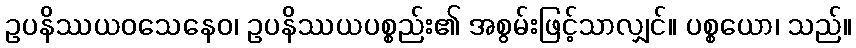
ဥပနိဿယဝသေနေဝ၊ ဥပနိဿယပစ္စည်း၏ အစွမ်းဖြင့်သာလျှင်။ ပစ္စယော၊ သည်။